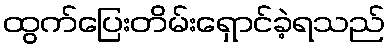
ထွက်ပြေးတိမ်းရှောင်ခဲ့ရသည်